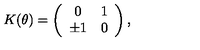
K ( \theta ) = \left( \begin{array} { c c } { 0 } & { 1 } \\ { \pm 1 } & { 0 } \\ \end{array} \right) ,